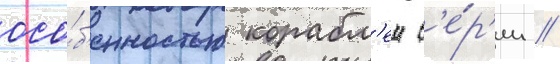
осо́б'енностью корабл'еи с'е́р'ии //